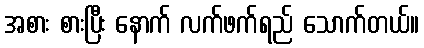
အစား စားပြီး နောက် လက်ဖက်ရည် သောက်တယ်။